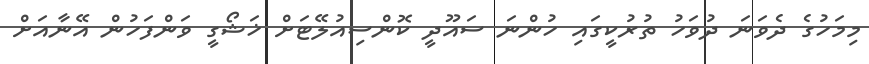
މިމަހުގެ ދެވަނަ ދުވަހު ތުރުކީގައި ހުންނަ ސައޫދީ ކޮންސިއުލޭޓަށް ޚަޝޯގީ ވަންފަހުން އޭނާއަށް